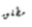
مطلق